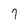
Character: 7